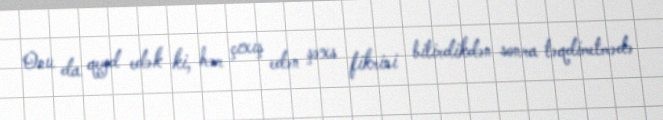
Onu da qeyd edək ki, hər çıxış edən şəxs fikrini bitirdikdən sonra təqdimetmədə